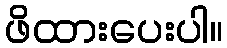
ဖိထားပေးပါ။